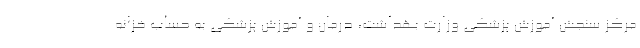
مرکز سنجش آموزش پزشکی وزارت بهداشت، درمان و آموزش پزشکی به حساب خزانه